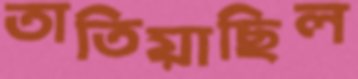
তাতিয়াছিল